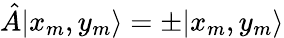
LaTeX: \hat{A}|x_{m},y_{m}\rangle=\pm|x_{m},y_{m}\rangle